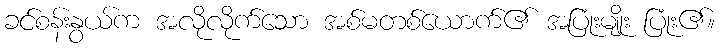
ခင်စန်းနွယ်က အလိုလိုက်သော အစ်မတစ်ယောက်၏ အပြုံးမျိုး ပြုံး၏။